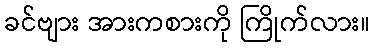
ခင်ဗျား အားကစားကို ကြိုက်လား။